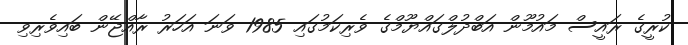
ކުރީގެ ރައީސް މައުމޫން އަބްދުލްގައްޔޫމްގެ ވެރިކަމުގައި 1985 ވަނަ އަހަރު ރާއްޖޭން ބައިވެރިވި